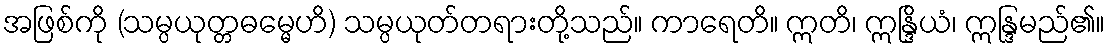
အဖြစ်ကို (သမ္ပယုတ္တဓမ္မေဟိ) သမ္ပယုတ်တရားတို့သည်။ ကာရေတိ။ ဣတိ၊ ဣန္ဒြိယံ၊ ဣန္ဒြမည်၏။